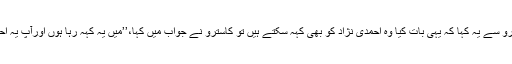
جب گولڈ بیرگ نے کاسترو سے یہ کہا کہ یہی بات کیا وہ احمدی نژاد کو بھی کہہ سکتے ہیں تو کاسترو نے جواب میں کہا،’’میں یہ کہہ رہا ہوں اورآپ یہ احمدی نژاد کو بھی بتا دیں۔